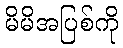
မိမိအပြစ်ကို